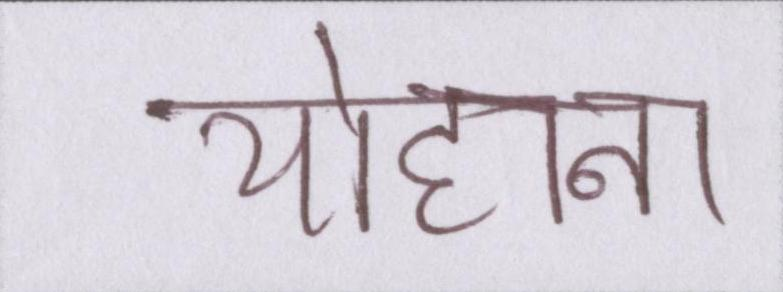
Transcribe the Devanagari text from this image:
योहाना